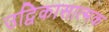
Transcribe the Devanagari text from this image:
उद्विकासात्मक